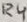
Text: R4